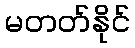
မတတ်နိုင်